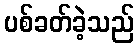
ပစ်ခတ်ခဲ့သည်